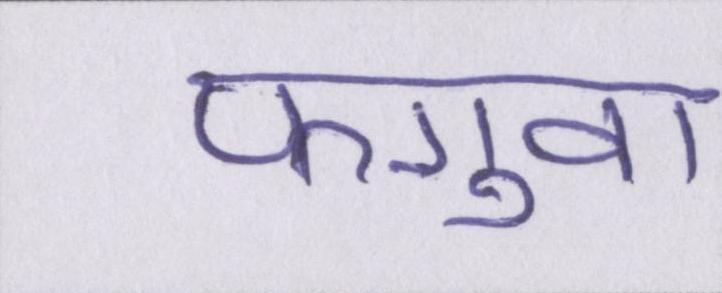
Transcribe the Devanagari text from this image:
फगुवा